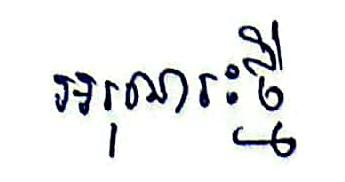
អរុណរៈថ្មី